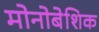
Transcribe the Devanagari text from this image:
मोनोबेशिक